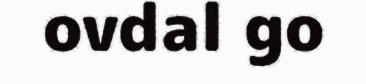
ovdal go